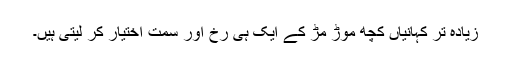
زیادہ تر کہانیاں کچھ موڑ مڑ کے ایک ہی رخ اور سمت اختیار کر لیتی ہیں۔